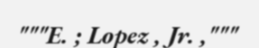
"""E. ; Lopez , Jr. ,"""